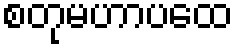
စတုမဟာပထေ